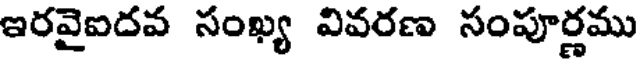
ఇరవైఐదవ సంఖ్య వివరణ సంపూర్ణము